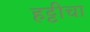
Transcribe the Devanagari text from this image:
हट्टीचा